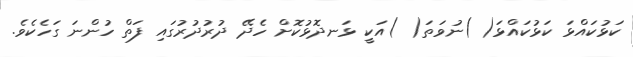
ކަޅުކައްޅަ ކަޅުކައްޅަ( )ނުވަތަ( )އަކީ ޅަނދޮޅުކޮށް ހެދޭ ދުރުދުރުގައި ފަތް ހުންނަ ގަހެކެވެ.